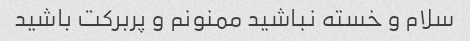
سلام و خسته نباشید ممنونم و پربرکت باشید